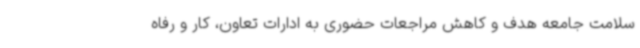
سلامت جامعه هدف و کاهش مراجعات حضوری به ادارات تعاون، کار و رفاه